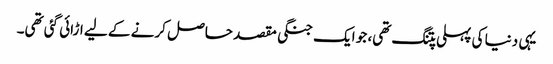
یہی دنیا کی پہلی پتنگ تھی، جو ایک جنگی مقصد حاصل کرنے کے لیے اڑائی گئی تھی۔